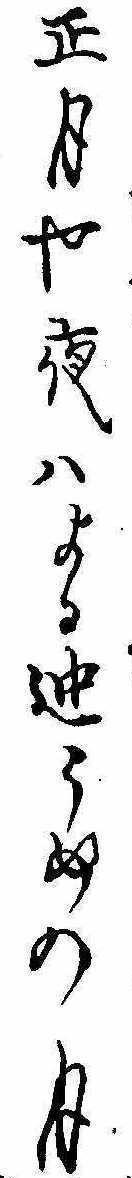
正月や夜はよる迚うめの月